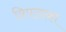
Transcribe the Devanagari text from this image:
त्रिपताका